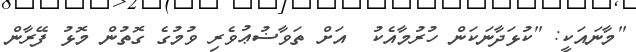
"މާނައަކީ: "ކުޅަދާނަކަން ހުރުމާއެކު  އަށް ތަވާޟުޢުވެރި ވުމުގެ ގޮތުން މޮޅު ފޭރާން